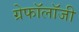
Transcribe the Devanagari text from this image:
ग्रेफॉलॉजी